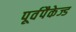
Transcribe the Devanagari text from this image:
पूर्वपैकेज्ड